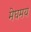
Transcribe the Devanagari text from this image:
मेघमय